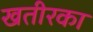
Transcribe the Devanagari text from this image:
खतीरका